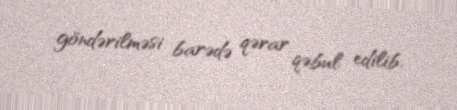
göndərilməsi barədə qərar qəbul edilib.